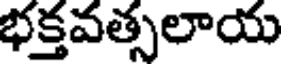
భక్తవత్సలాయ